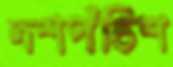
দশপঁচিশ